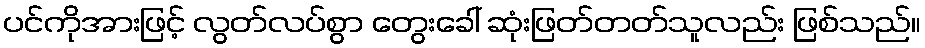
ပင်ကိုအားဖြင့် လွတ်လပ်စွာ တွေးခေါ် ဆုံးဖြတ်တတ်သူလည်း ဖြစ်သည်။